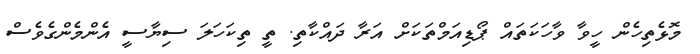
މޮޅެތިހެން ހީވާ ވާހަކަތައް ޕޯޑިއަމްތަކަށް އަރާ ދައްކާތި. ތީ ތިކަހަލަ ސިޔާސީ އެންމެންގެވެސް